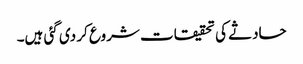
حادثے کی تحقیقات شروع کر دی گئی ہیں۔